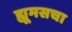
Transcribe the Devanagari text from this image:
ह्यूमसचा